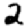
Digit: 2